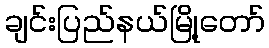
ချင်းပြည်နယ်မြို့တော်